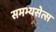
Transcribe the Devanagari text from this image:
समभ्यसेत्स